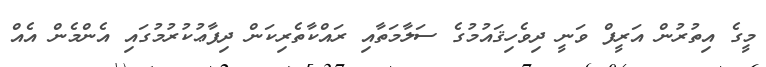
މީގެ އިތުރުން އަރީފް ވަނީ ދިވެހިޤައުމުގެ ސަލާމަތާއި ރައްކާތެރިކަން ދިފާޢުކުރުމުގައި އެންމެން އެއް